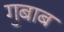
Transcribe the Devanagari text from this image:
गुबाब